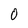
Character: O